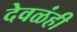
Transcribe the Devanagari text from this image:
देवळंही